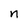
Character: n